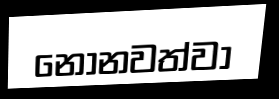
නොනවත්වා